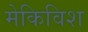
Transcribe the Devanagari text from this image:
मेकिविश